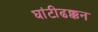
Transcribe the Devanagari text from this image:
घांटीढक्कन